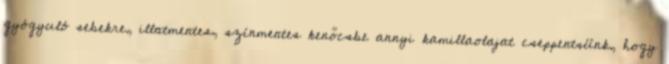
gyógyuló sebekre, illatmentes, színmentes kenőcsbe annyi kamillaolajat cseppentsünk, hogy